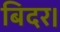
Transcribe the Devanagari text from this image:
बिदर।